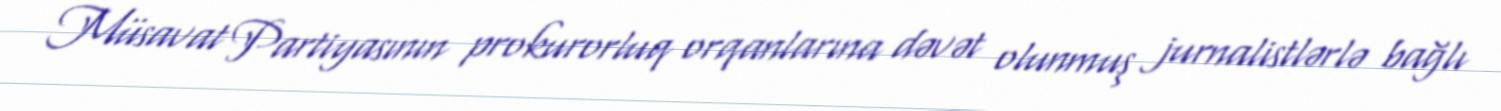
Müsavat Partiyasının prokurorluq orqanlarına dəvət olunmuş jurnalistlərlə bağlı